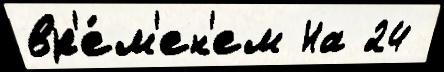
вр'е́м'ен'ем На 24